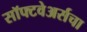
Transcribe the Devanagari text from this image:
सॉफ्टवेअर्सचा